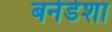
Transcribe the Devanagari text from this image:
बर्नर्डशा